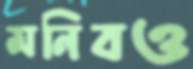
মনিবও